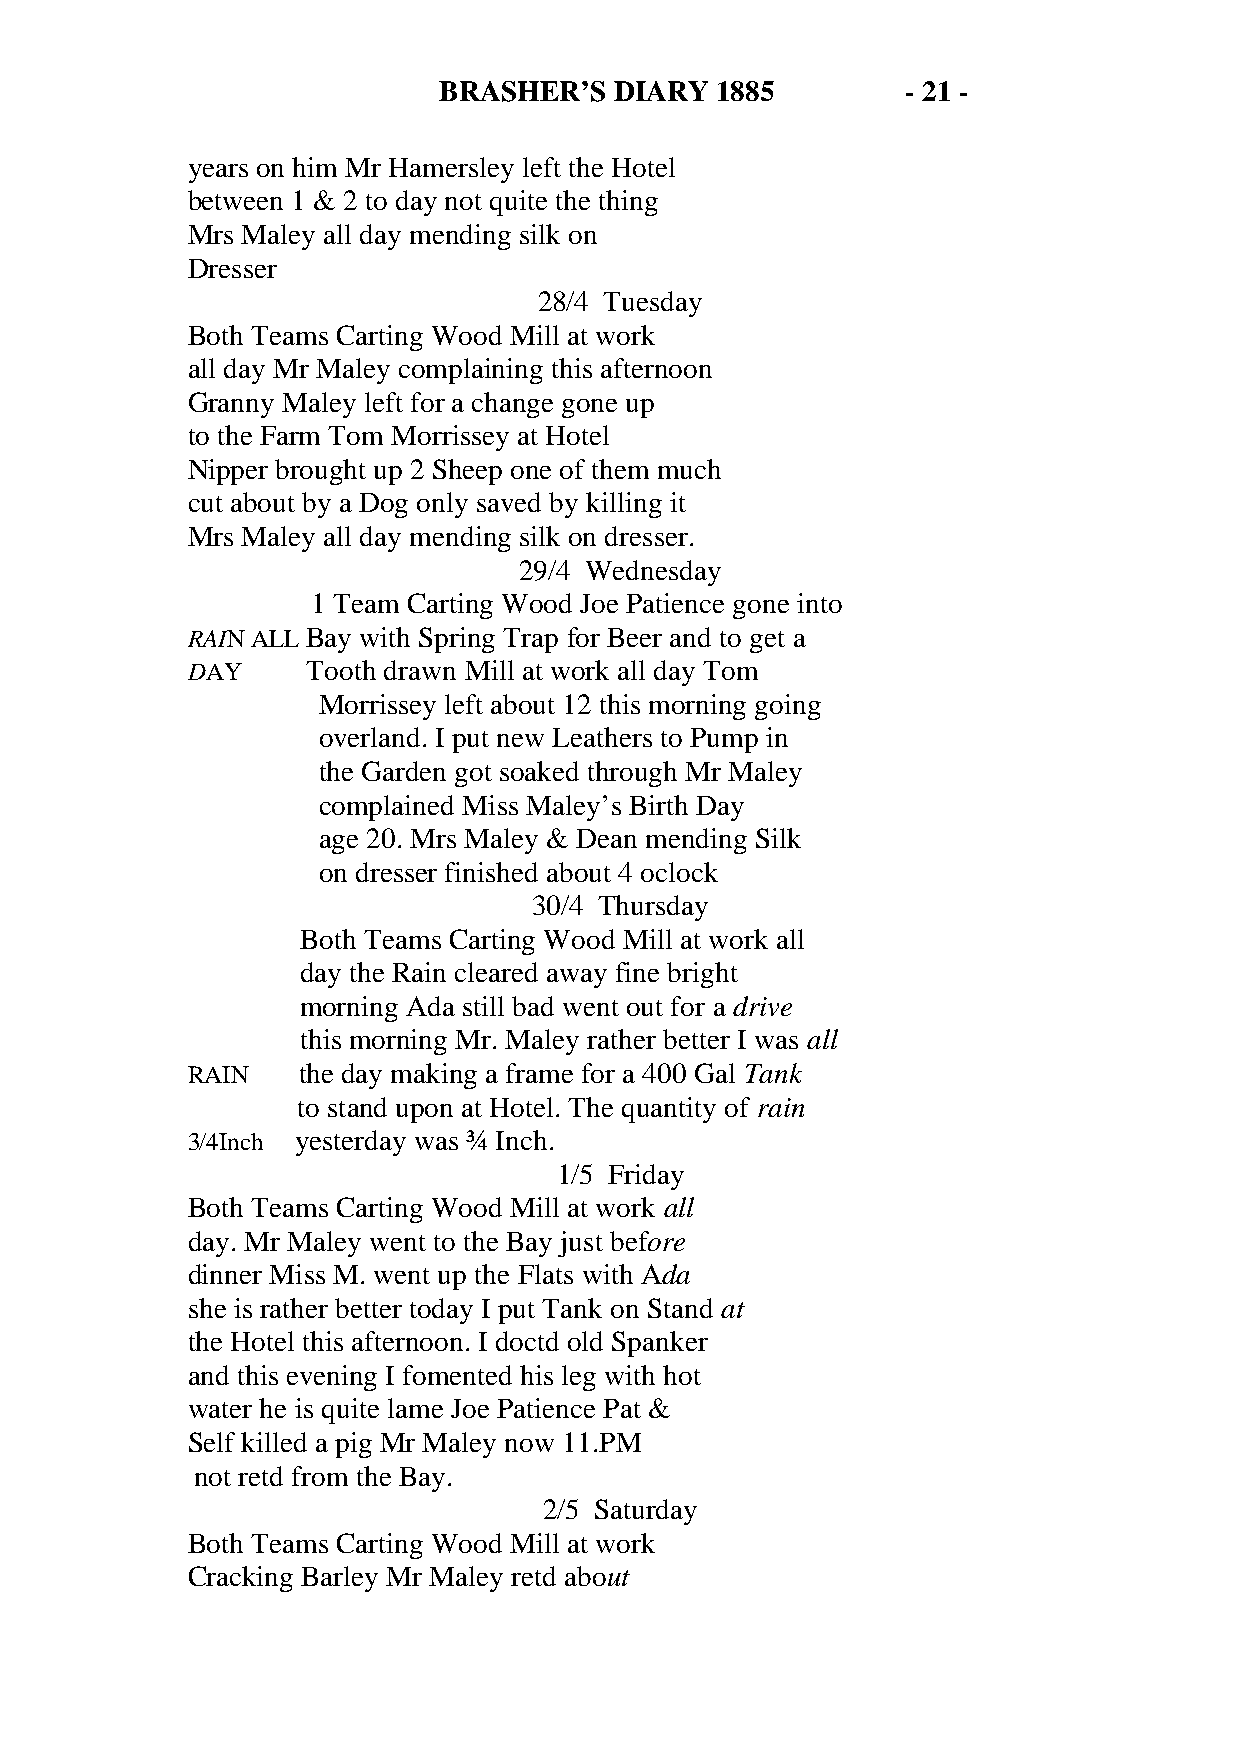
BRASHER’S   DIARY 1885         - 21 -
 years on him Mr Hamersley left the Hotel
 between 1 & 2 to day not quite the thing
 Mrs Maley all day mending silk on
 Dresser
 28/4 Tuesday
 Both Teams Carting Wood Mill at work
 all day Mr Maley complaining this afternoon
 Granny Maley left for a change gone up
 to the Farm Tom Morrissey at Hotel
 Nipper brought up 2 Sheep one of them much
 cut about by a Dog only saved by killing it
 Mrs Maley all day mending silk on dresser.
 29/4 Wednesday
 1 Team Carting Wood Joe Patience gone into
 RAIN ALL Bay with Spring Trap for Beer and to get a
 DAY     Tooth drawn Mill at work all day Tom
 Morrissey left about 12 this morning going
 overland. I put new Leathers to Pump in
 the Garden got soaked through Mr Maley
 complained Miss Maley’s Birth Day
 age 20. Mrs Maley & Dean mending Silk
 on dresser finished about 4 oclock
 30/4 Thursday
 Both Teams Carting Wood Mill at work all
 day the Rain cleared away fine bright
 morning Ada still bad went out for a drive
 this morning Mr. Maley rather better I was all
 RAIN    the day making a frame for a 400 Gal Tank
 to stand upon at Hotel. The quantity of rain
 3/4Inch yesterday was ¾ Inch.
 1/5 Friday
 Both Teams Carting Wood Mill at work all
 day. Mr Maley went to the Bay just before
 dinner Miss M. went up the Flats with Ada
 she is rather better today I put Tank on Stand at
 the Hotel this afternoon. I doctd old Spanker
 and this evening I fomented his leg with hot
 water he is quite lame Joe Patience Pat &
 Self killed a pig Mr Maley now 11.PM
 not retd from the Bay.
 2/5 Saturday
 Both Teams Carting Wood Mill at work
 Cracking Barley Mr Maley retd about